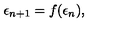
\epsilon _ { n + 1 } = f ( \epsilon _ { n } ) ,